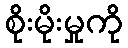
စိုးမိုးမှုကို